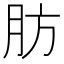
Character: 肪